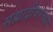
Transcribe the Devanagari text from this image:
सह्याद्रीवरच्या